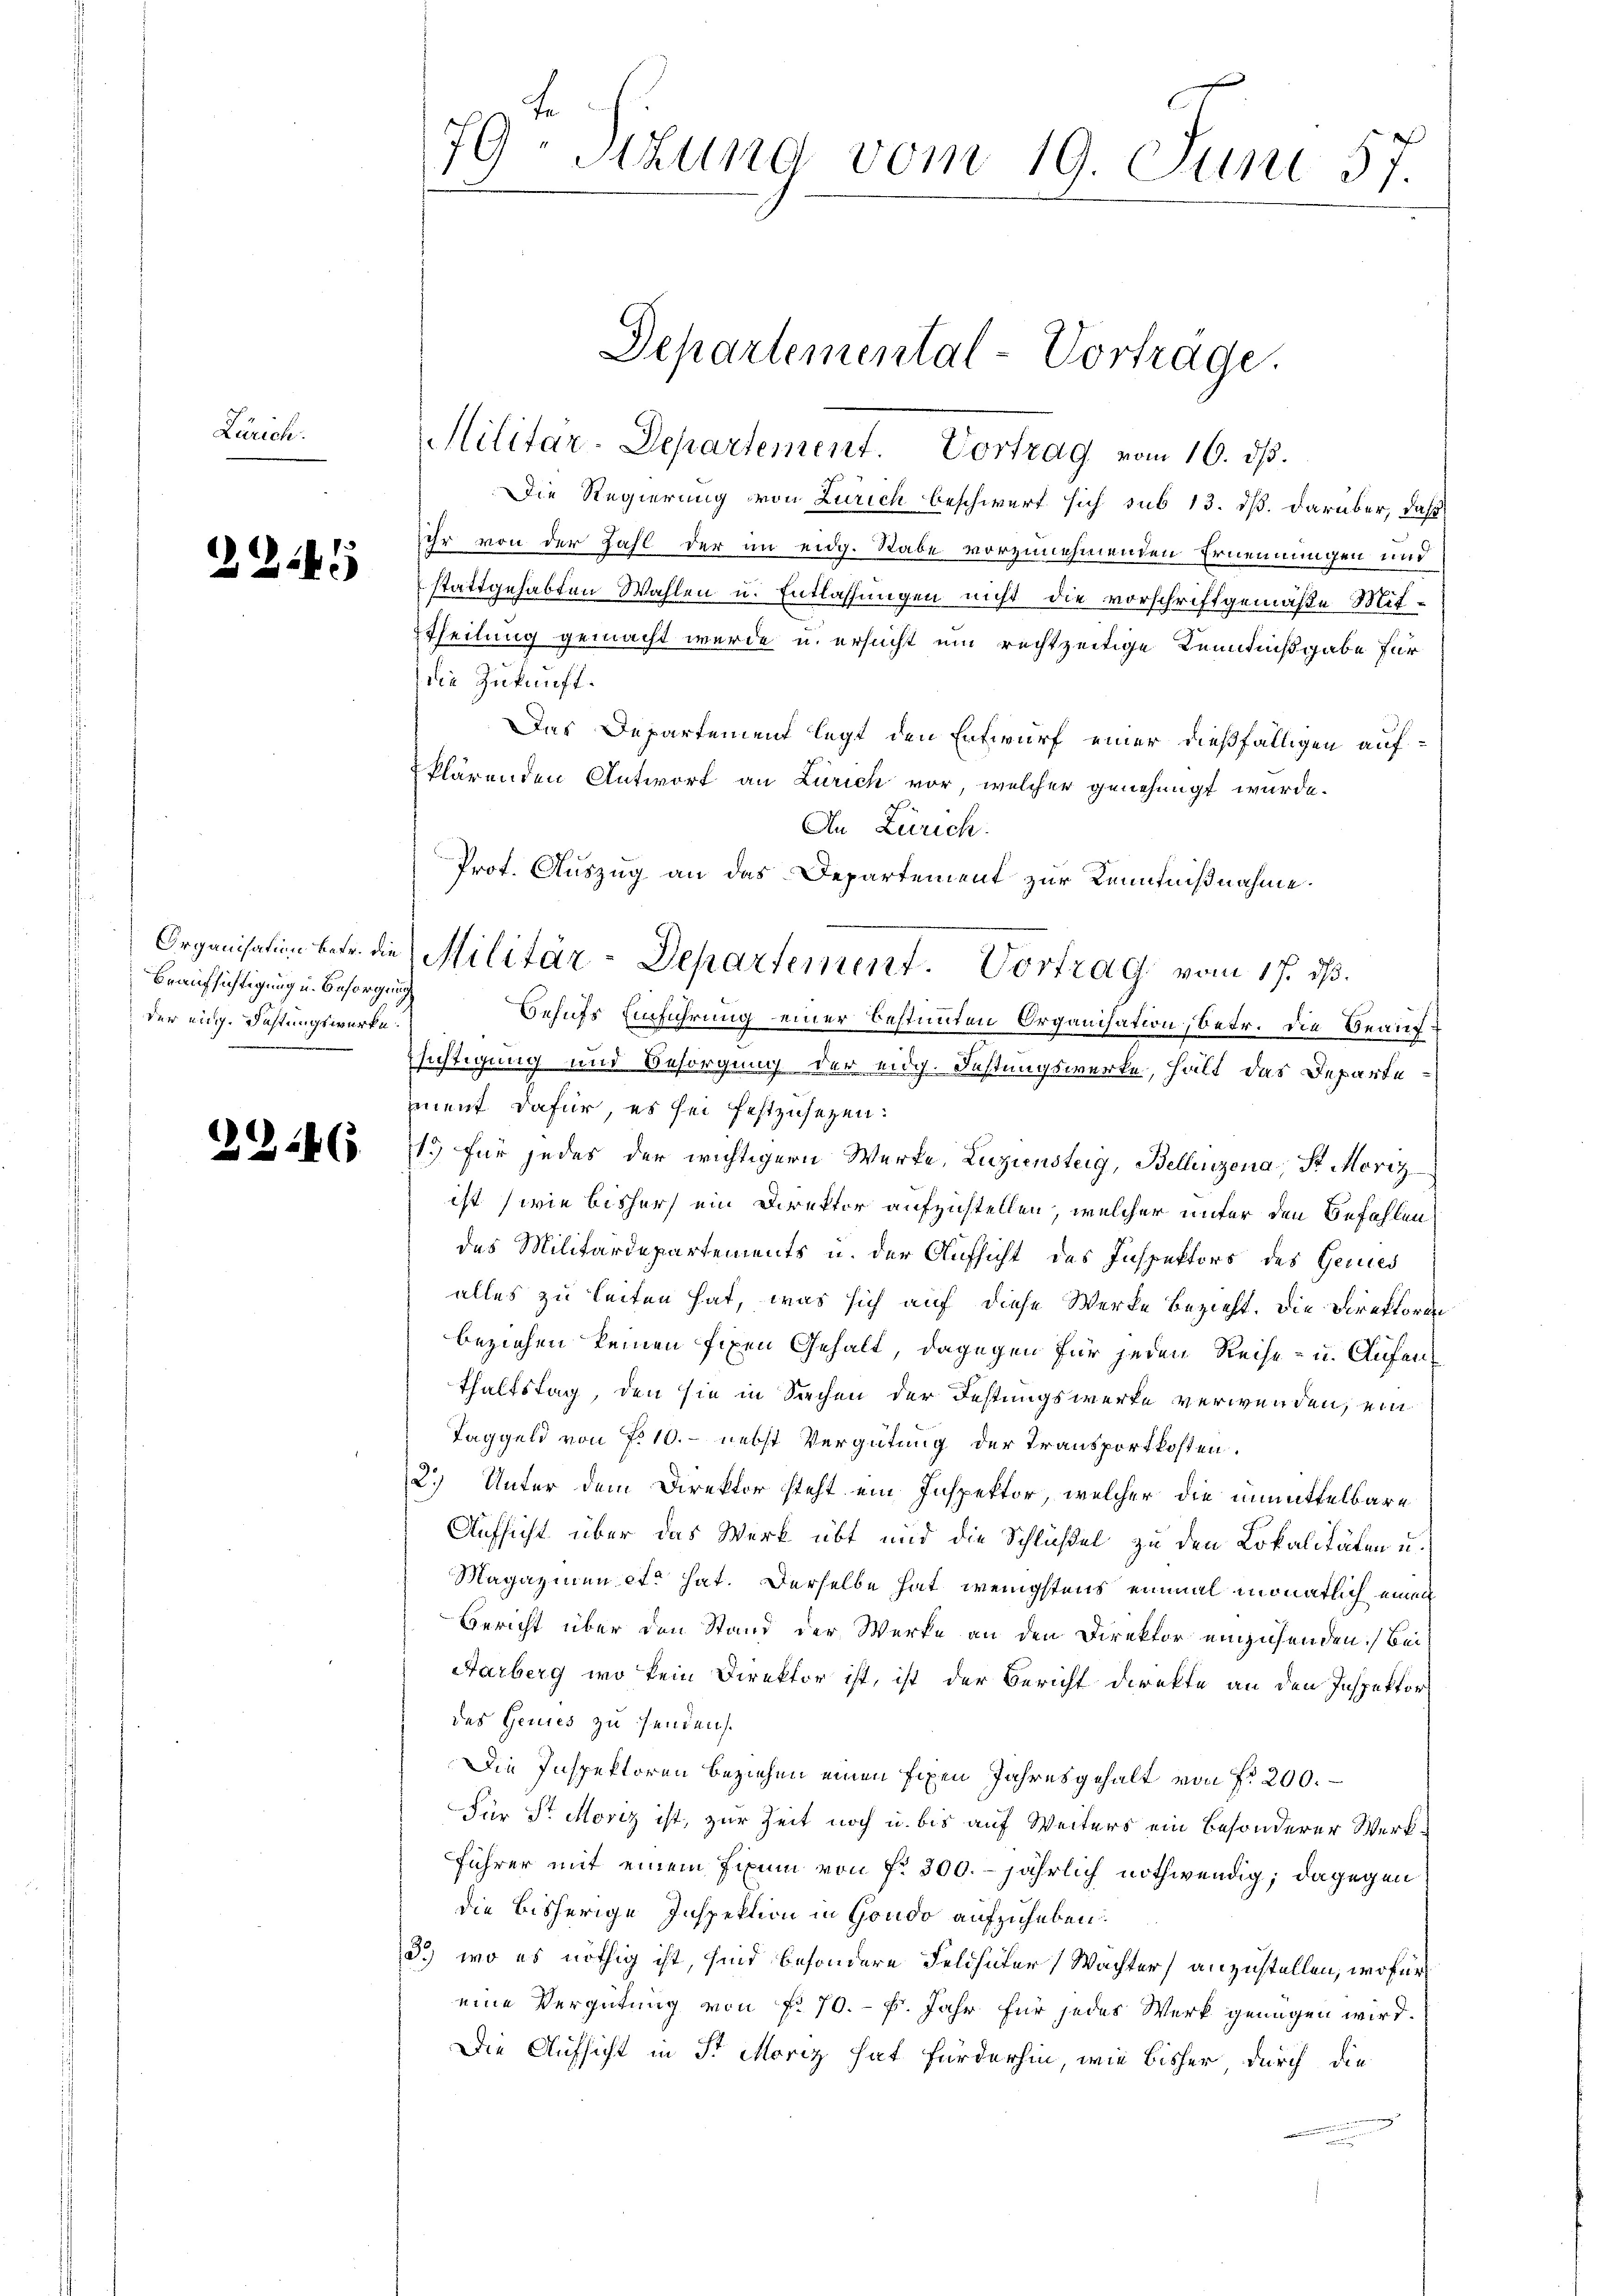
Lärich.

226

Beaufsichtigung u. Besorgung
der eng. Fastungswerke.

33186

79: Sizung vom 19. Juni 57.

Die Regierung von Zürich beschwert sich sub 13. ds. darüber, daß
ihr von der Zahl der im eidg. Rabe vorzunehmenden Ernennungen und
stattgehabten Wahlen u. Entlassungen nicht die vorschriftgemäße Mit-
Theilung gemacht werde u. ersucht ein rechtzeitige Kenntnißgabe für
die Zukunft.
Das Departement legt den Entwurf einer dießfälligen aufklärenden Antwort an Zürich vor, welcher genehmigt wurde.
An Zürich.
Behufs Einführung einer bestimmten Organisation, betr. die Beaufsichtigung und Besorgung der eidg. Festungswerke, hält das Departement dafür, es sei festzusetzen:
1.) für jedes der wichtigern Werke, Luziensteig, Bellinzona, St. Moriz
ist (wie bisher ein Direktor aufzustellen, welcher unter den Befehlen
des Militärdepartements u. der Aufsicht des Inspektors des Genies
alles zu leiten hat, was sich auf diese Werke bezieht. Die Direktoren
beziehen keinen fixen Gehalt, dagegen für jeden Reise- u. Aufen
thaltstag, den sie in Sichen der Festungswerke verwenden, ein
Taggeld von No 10. nebst Vergütung der Transportkosten.
2.) Unter dem Direktor steht ein Inspektor, welcher die unmittelbare
Aufsicht über das Werk übt und die Schlüßel zu den Lokalitäten u.
Magazinen et hat. Derselbe hat wenigstens einmal monatlich einen
Bericht über den Stand der Werke an den Direktor einzusenden. Bei
Aarberg wo kein Direktor ist, ist der Bericht direkte an den Inspektor
des Genies zu senden
Die Inspektoren beziehen einen fixen Jahresgehalt von fr 200.
Für St. Moriz ist, zur Zeit noch u. bis auf Weiters ein besonderer Werk¬
Führer mit einem Jaun von No 300. jährlich nothwendig; dagegen
die bisherige Inspektion in Gondo aufzuheben:
3.) wo es nöthig ist, sind besondere Feldhüter Wachter) anzustellen, wofür
eine Vergütung von f. 70. f. Jahr für jedes Werk genügen wird.
Die Aufsicht in St. Moriz hat fürderhin, wie bisher durch die

Militar-Departement. Vortrag vom 16. ds.

Departemental-Vorträge.

Prot. Auszug an das Departement zur Kenntnißnahme.
Organisation betr. die Militär-Departement. Vortrag vom 17. ds.